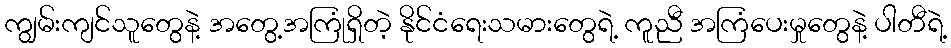
ကျွမ်းကျင်သူတွေနဲ့ အတွေ့အကြုံရှိတဲ့ နိုင်ငံရေးသမားတွေရဲ့ ကူညီ အကြံပေးမှုတွေနဲ့ ပါတီရဲ့